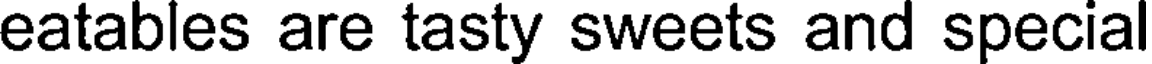
eatables are tasty sweets and specia